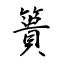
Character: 簣